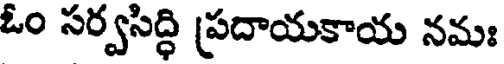
ఓం సర్వసిద్ధి ప్రదాయకాయ నమః